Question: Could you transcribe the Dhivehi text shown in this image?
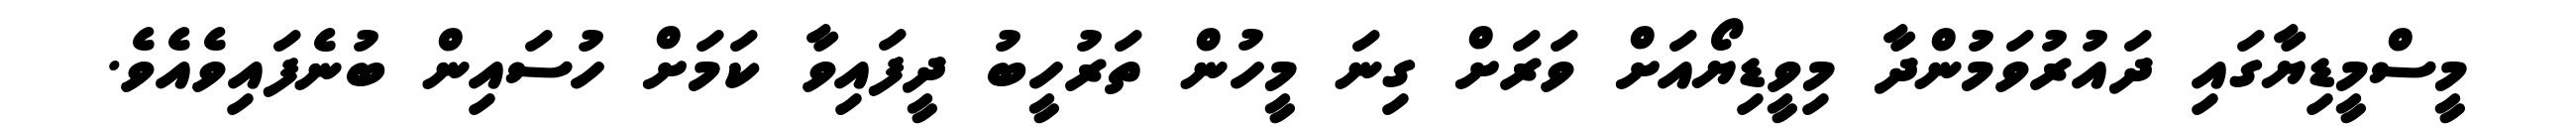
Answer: މީސްމީޑިޔާގައި ދައުރުވަމުންދާ މިވީޑިޔޯއަށް ވަރަށް ގިނަ މީހުން ތަރުހީބު ދީފައިވާ ކަމަށް ހުސައިން ބުނެފައިވެއެވެ.